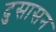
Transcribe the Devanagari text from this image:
दुसासन